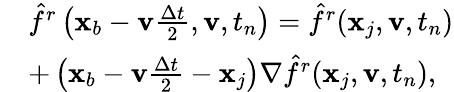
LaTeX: \begin{array}{rl}&{\hat{f}^{r}\left(\mathbf x_{b}-\mathbf v\frac{\Delta t}{2},\mathbf v,t_{n}\right)=\hat{f}^{r}(\mathbf x_{j},\mathbf v,t_{n})}\\ &{+\left(\mathbf x_{b}-\mathbf v\frac{\Delta t}{2}-\mathbf x_{j}\right)\nabla\hat{f}^{r}(\mathbf x_{j},\mathbf v,t_{n}),}\end{array}